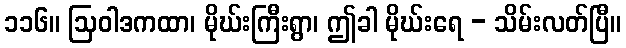
၁၁၆။ ဩဝါဒကထာ၊ မိုဃ်းကြီးရွာ၊ ဤခါ မိုဃ်းရေ - သိမ်းလတ်ပြီ။